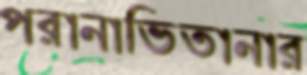
পরানাভিতানার